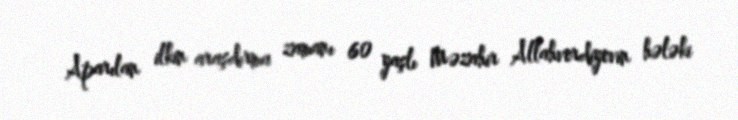
Aparılan ilkin araşdırma zamanı 60 yaşlı Məzahir Allahverdiyevin hələki